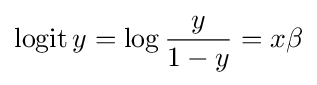
\operatorname {logit} y=\log {\frac {y}{1-y}}=x\beta